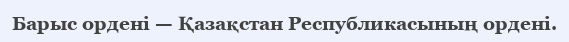
Барыс ордені — Қазақстан Республикасының ордені.